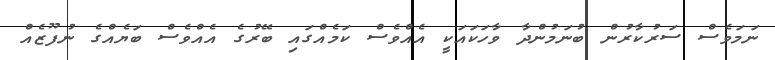
ނަމަވެސް ސަރުކާރުން ބުނަމުންދާ ވާހަކައަކީ އެއްވެސް ކަމެއްގައި ބޭރުގެ އެއްވެސް ބަޔެއްގެ ނުފޫޒެއް